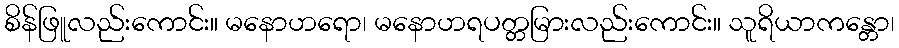
စိန်ဖြူလည်းကောင်း။ မနောဟရော၊ မနောဟရပတ္တမြားလည်းကောင်း။ သူရိယာကန္တော၊